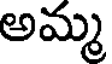
అమ్మ